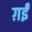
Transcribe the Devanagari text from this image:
ग़ईं